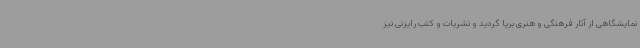
نمایشگاهی از آثار فرهنگی و هنری برپا گردید و نشریات و کتب رایزنی نیز